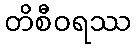
တိစီဝရဿ